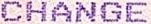
CHANGE